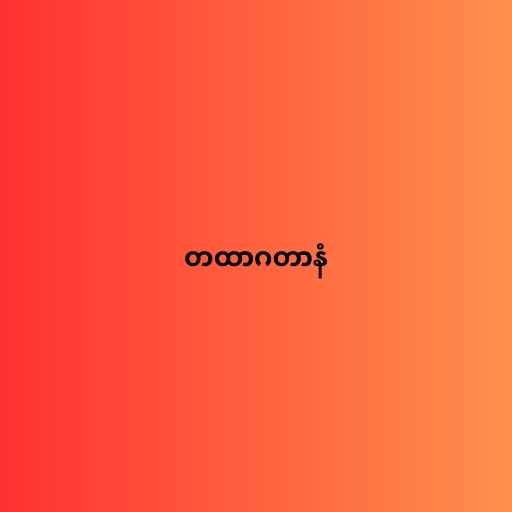
တထာဂတာနံ